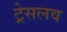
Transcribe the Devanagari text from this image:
ट्रेसलव